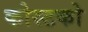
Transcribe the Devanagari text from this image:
कोस्‍टको